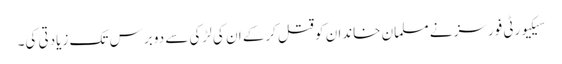
سیکیورٹی فورسز نے مسلمان خاندان کو قتل کرکے ان کی لڑکی سے دو برس تک زیادتی کی۔